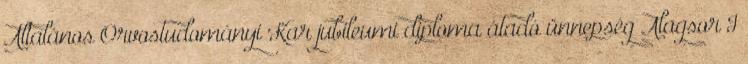
Általános Orvostudományi Kar jubileumi diploma átadó ünnepség Alagsor I